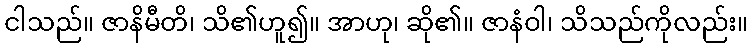
ငါသည်။ ဇာနိမီတိ၊ သိ၏ဟူ၍။ အာဟု၊ ဆို၏။ ဇာနံဝါ၊ သိသည်ကိုလည်း။